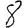
Digit: 8